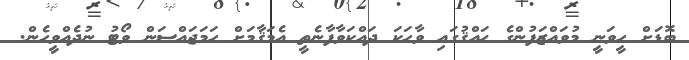
ބޮޑަށް ހީވަނީ މުވައްޒަފުންގެ ޙައްޤުގައި ވާހަކަ ދައްކަވާފާނެތީ އެމަޤާމަށް ހަމަޖައްސަން ވޯޓު ނުދެއްވީހެން.